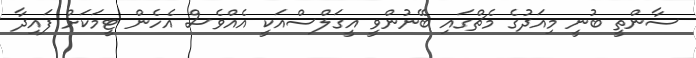
ސާންތީ ބުނީ މިއަދުގެ މެޗްގައި ބޭނުންވީ އީގަލްސްއަކީ އެއްވެސް އެހެން ޓީމަކަށް ފައިދާ